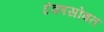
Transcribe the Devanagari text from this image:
टंकासोबत